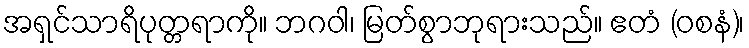
အရှင်သာရိပုတ္တရာကို။ ဘဂဝါ၊ မြတ်စွာဘုရားသည်။ ဧတံ (ဝစနံ)၊